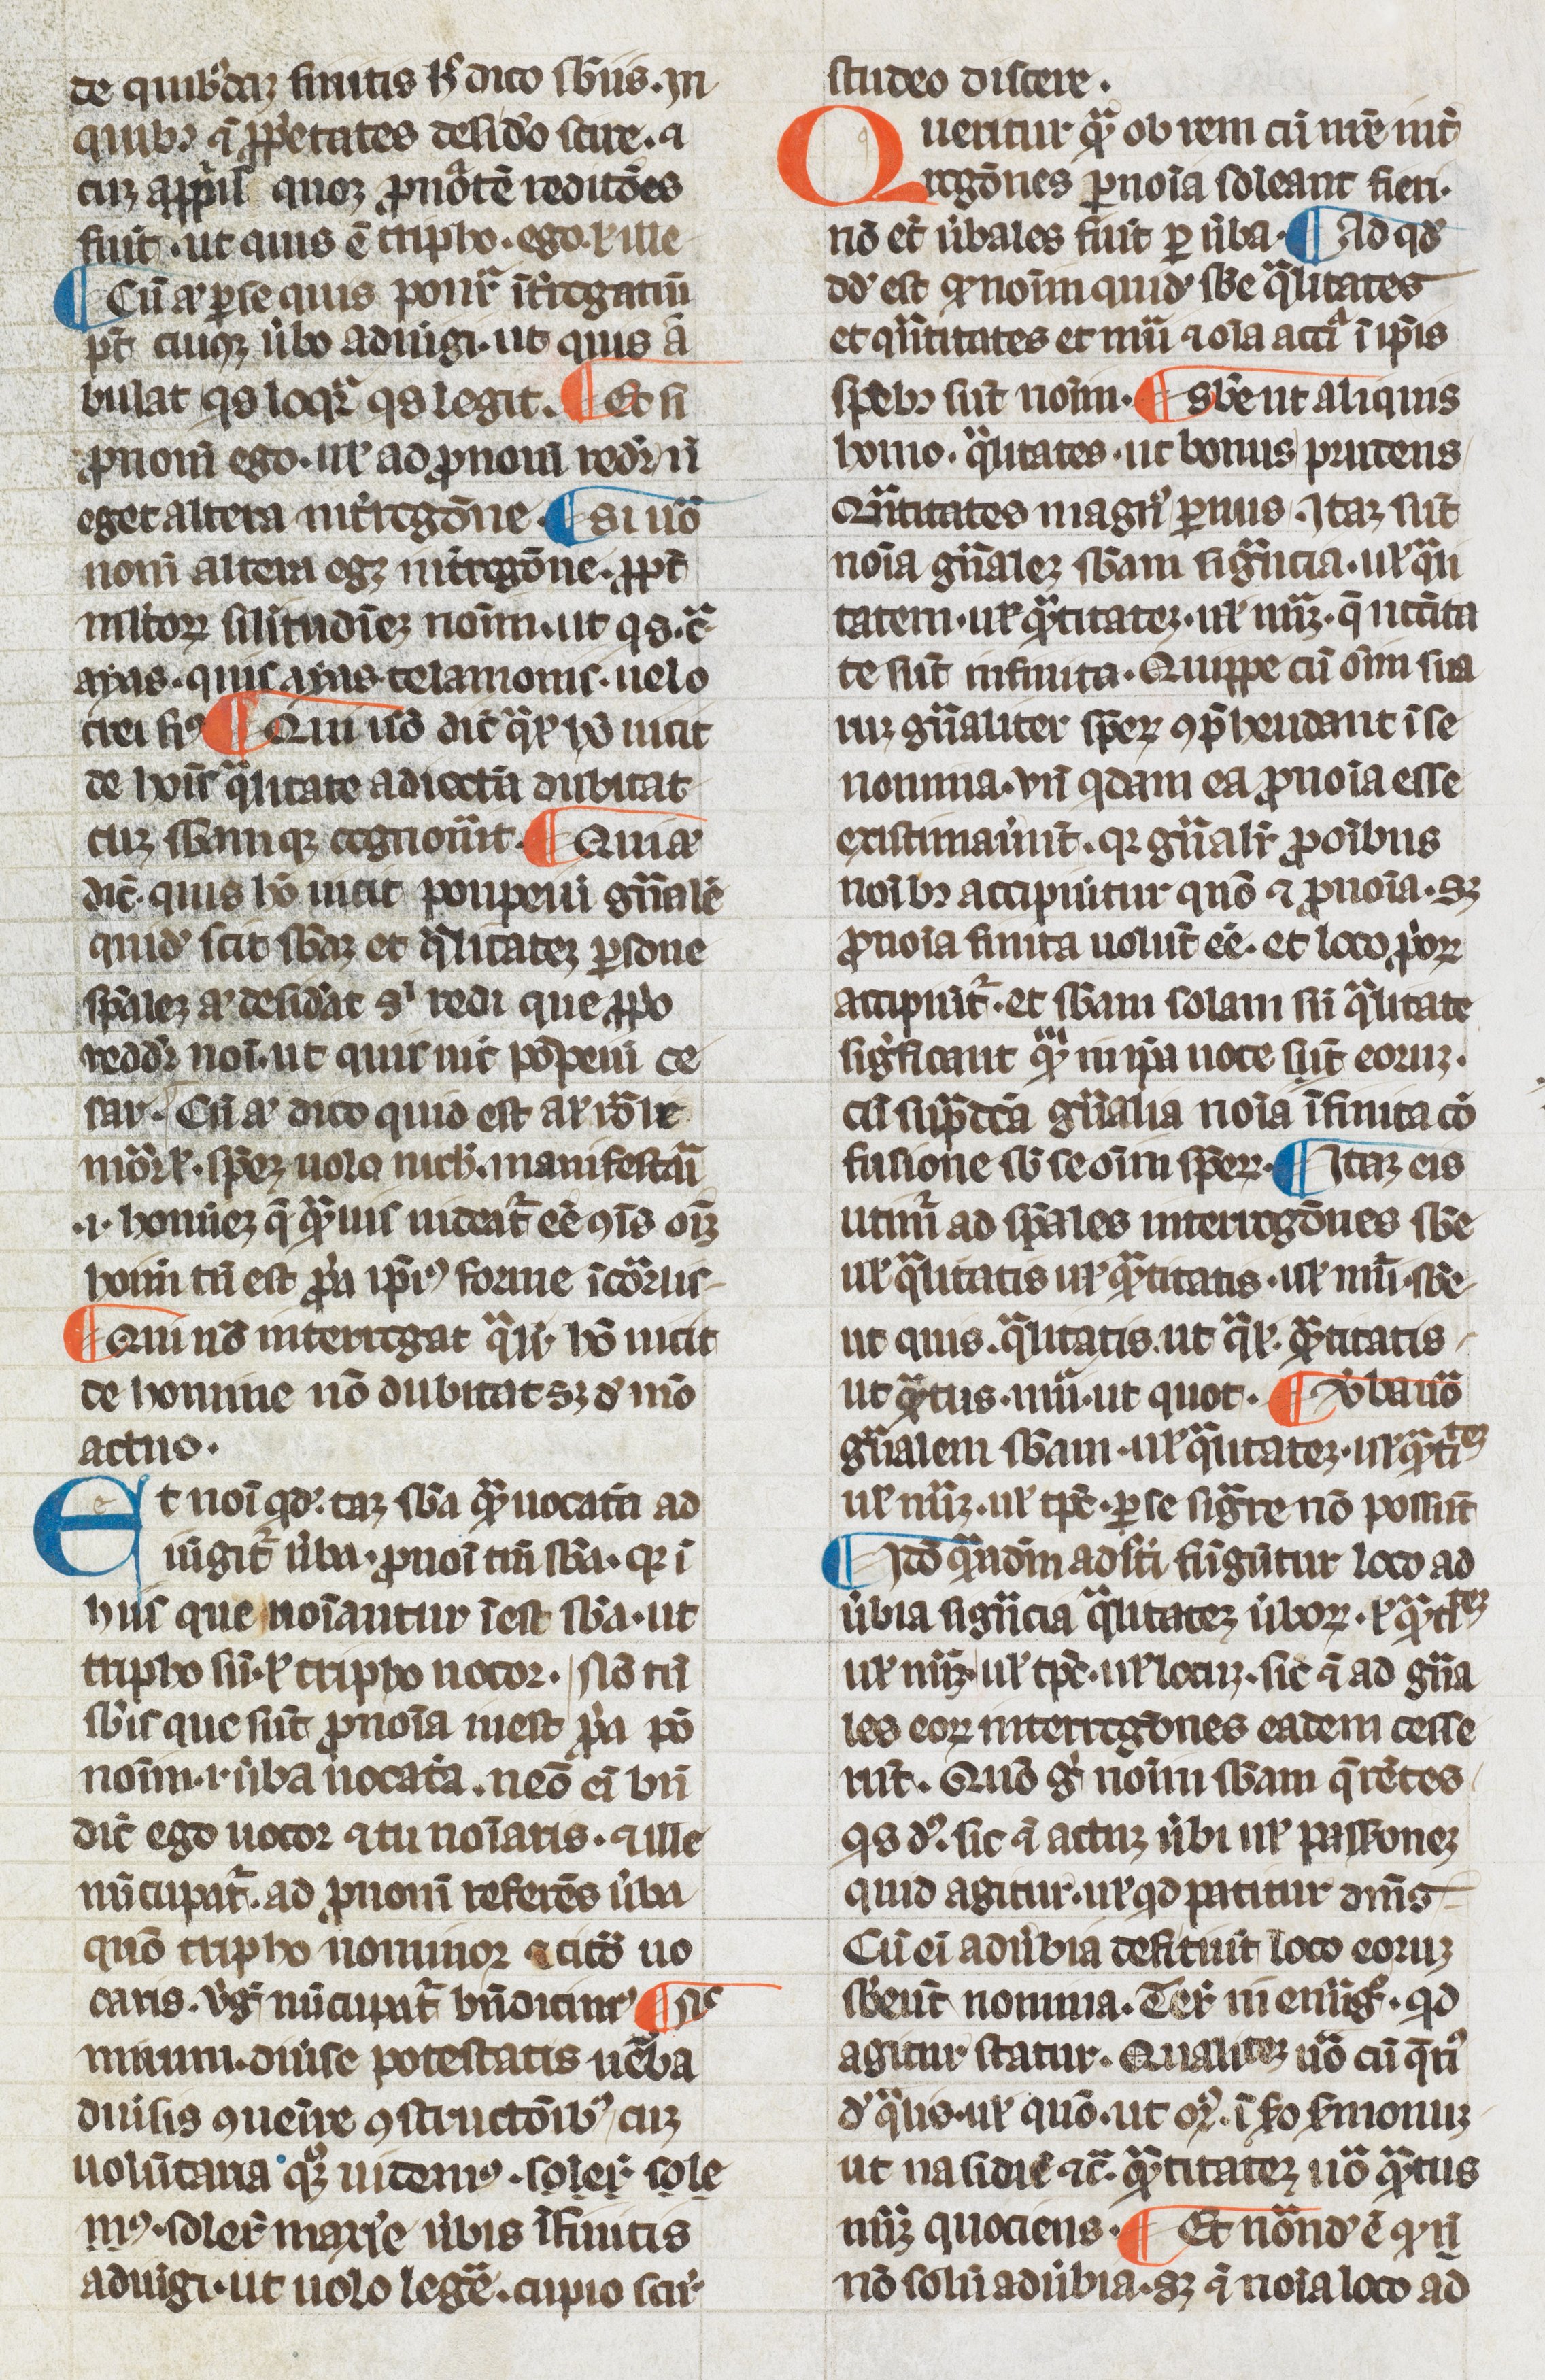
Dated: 1300–1315